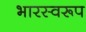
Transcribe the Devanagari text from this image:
भारस्वरूप